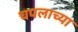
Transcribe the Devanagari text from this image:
चपलाच्या